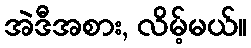
အဲဒီအစား, လိမ့်မယ်။